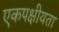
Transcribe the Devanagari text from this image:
एकपक्षीयता